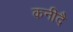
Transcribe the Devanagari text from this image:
कनीदै